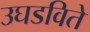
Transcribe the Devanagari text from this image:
उघडविते